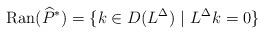
LaTeX: \begin{align*} \mathrm{Ran}(\widehat{P}^*) = \{ k \in D(L^{\Delta}) \ | \ L^{\Delta}k = 0 \} \end{align*}